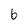
Character: 6